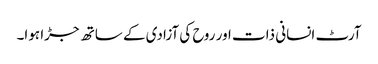
آرٹ انسانی ذات اور روح کی آزادی کے ساتھ جڑا ہوا۔